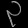
Digit: ၃